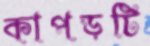
কাপড়টি